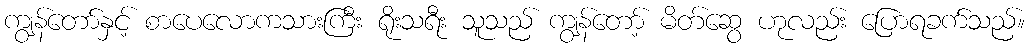
ကျွန်တော်နှင့် စာပေလောကသားကြီး ရိုးသရီး သူသည် ကျွန်တော့် မိတ်ဆွေ ဟုလည်း ပြောရခက်သည်။